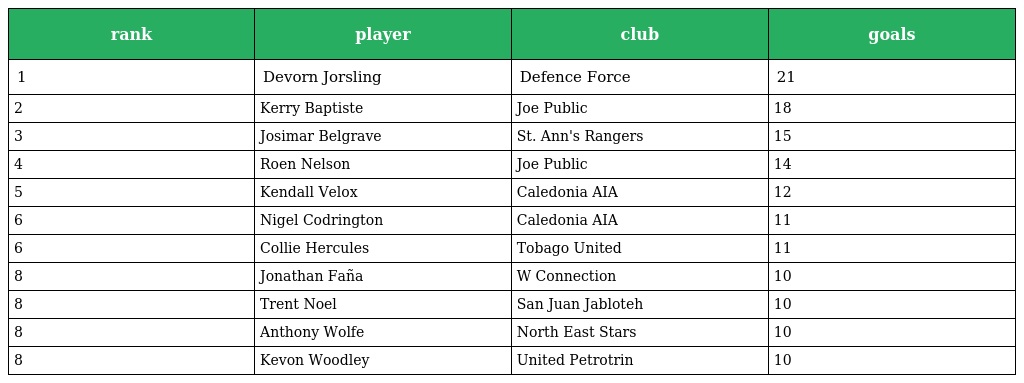
| rank | player | club | goals |
 | --- | --- | --- | --- |
 | 1 | Devorn Jorsling | Defence Force | 21 |
 | 2 | Kerry Baptiste | Joe Public | 18 |
 | 3 | Josimar Belgrave | St. Ann's Rangers | 15 |
 | 4 | Roen Nelson | Joe Public | 14 |
 | 5 | Kendall Velox | Caledonia AIA | 12 |
 | 6 | Nigel Codrington | Caledonia AIA | 11 |
 | 6 | Collie Hercules | Tobago United | 11 |
 | 8 | Jonathan Faña | W Connection | 10 |
 | 8 | Trent Noel | San Juan Jabloteh | 10 |
 | 8 | Anthony Wolfe | North East Stars | 10 |
 | 8 | Kevon Woodley | United Petrotrin | 10 |